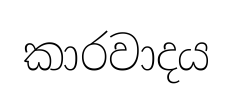
කාරවාදය